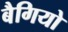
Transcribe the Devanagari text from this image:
बैगियो